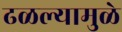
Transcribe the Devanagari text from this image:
ढळल्यामुळे